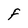
Character: F